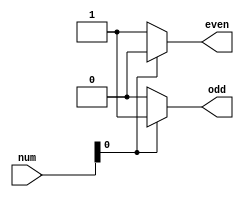
module even_odd_checker(
    input wire [7:0] num,
    output reg even,
    output reg odd
);

always @(*) begin
    if (num[0] == 1'b0) begin
        even = 1'b1;
        odd = 1'b0;
    end
    else begin
        even = 1'b0;
        odd = 1'b1;
    end
end

endmodule